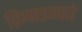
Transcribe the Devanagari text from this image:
क्रिकइन्फो